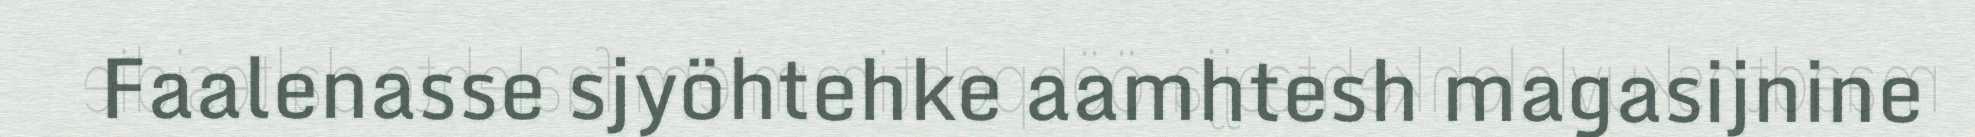
Faalenasse sjyöhtehke aamhtesh magasijnine